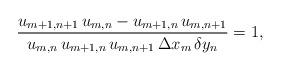
LaTeX: \begin{align*}\frac{u_{m+1,n+1}\, u_{m,n}-u_{m+1,n}\, u_{m,n+1}}{ u_{m,n}\, u_{m+1,n}\, u_{m,n+1}\,\Delta x_m\,\delta y_n}=1,\end{align*}